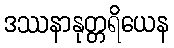
ဒဿနာနုတ္တရိယေန